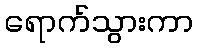
ရောက်သွားကာ